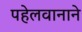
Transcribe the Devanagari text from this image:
पहेलवानाने